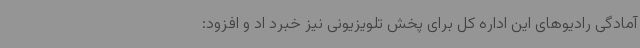
آمادگی رادیوهای این اداره کل برای پخش تلویزیونی نیز خبرد اد و افزود: